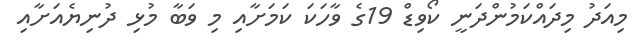
މިއަދު މިދައްކަމުންދަނީ ކޯވިޑް 19ގެ ވާހަކަ ކަމަށާއި މި ވަބާ މުޅި ދުނިޔެއަށާއި